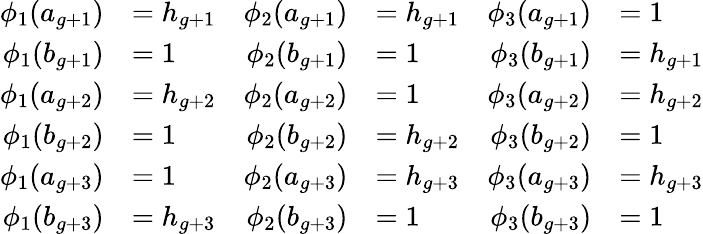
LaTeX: \begin{array}{rlrlrl}{\phi_{1}(a_{g+1})}&{=h_{g+1}}&{\phi_{2}(a_{g+1})}&{=h_{g+1}}&{\phi_{3}(a_{g+1})}&{=1}\\ {\phi_{1}(b_{g+1})}&{=1}&{\phi_{2}(b_{g+1})}&{=1}&{\phi_{3}(b_{g+1})}&{=h_{g+1}}\\ {\phi_{1}(a_{g+2})}&{=h_{g+2}}&{\phi_{2}(a_{g+2})}&{=1}&{\phi_{3}(a_{g+2})}&{=h_{g+2}}\\ {\phi_{1}(b_{g+2})}&{=1}&{\phi_{2}(b_{g+2})}&{=h_{g+2}}&{\phi_{3}(b_{g+2})}&{=1}\\ {\phi_{1}(a_{g+3})}&{=1}&{\phi_{2}(a_{g+3})}&{=h_{g+3}}&{\phi_{3}(a_{g+3})}&{=h_{g+3}}\\ {\phi_{1}(b_{g+3})}&{=h_{g+3}}&{\phi_{2}(b_{g+3})}&{=1}&{\phi_{3}(b_{g+3})}&{=1}\end{array}